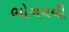
ભોગવવી